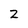
Character: 2